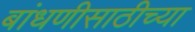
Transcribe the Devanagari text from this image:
बांधणीसाठीच्या